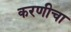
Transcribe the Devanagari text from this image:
करणीचा